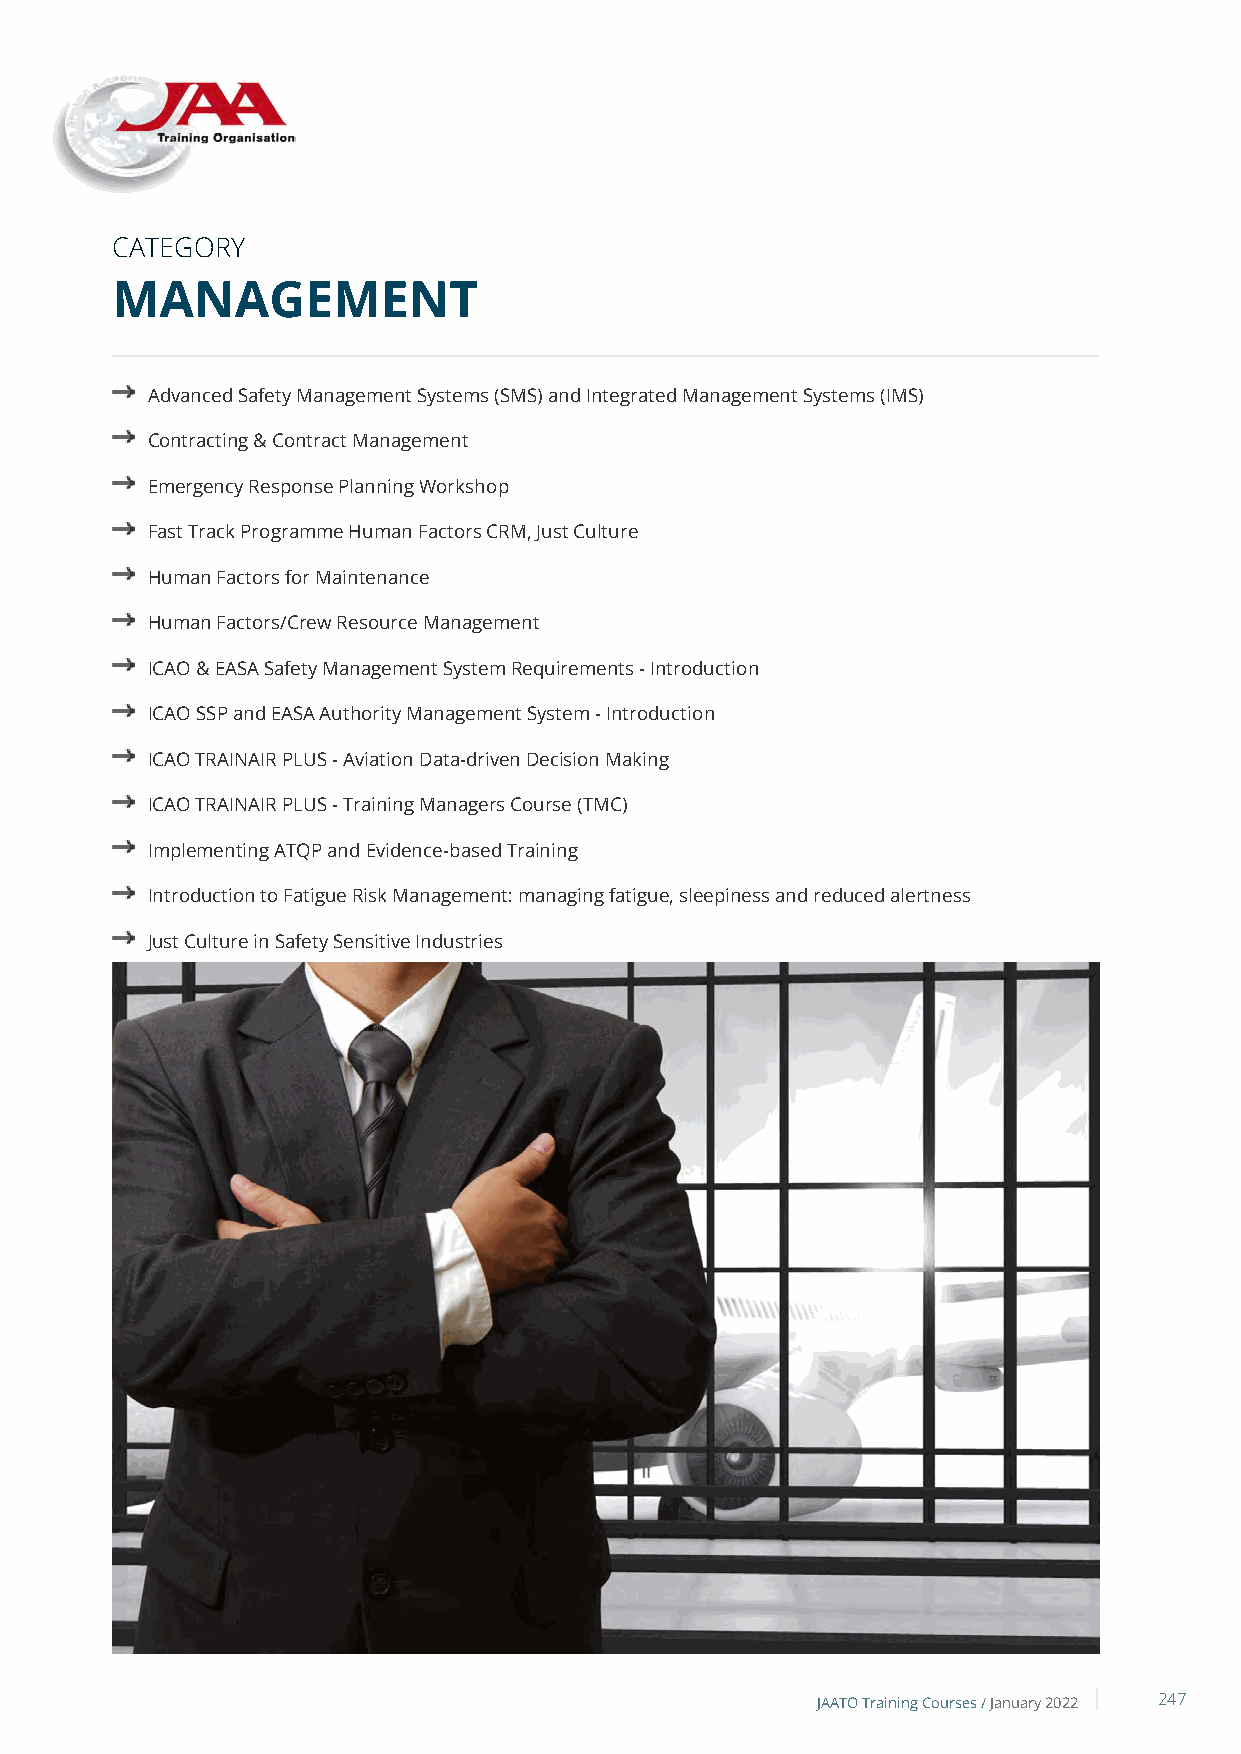
CATEGORY
 MANAGEMENT
 Advanced Safety Management Systems (SMS) and Integrated Management Systems (IMS)
 Contracting & Contract Management
 Emergency Response Planning Workshop
 Fast Track Programme Human Factors CRM, Just Culture
 Human Factors for Maintenance
 Human Factors/Crew Resource Management
 ICAO & EASA Safety Management System Requirements - Introduction
 ICAO SSP and EASA Authority Management System - Introduction
 ICAO TRAINAIR PLUS - Aviation Data-driven Decision Making
 ICAO TRAINAIR PLUS - Training Managers Course (TMC)
 Implementing ATQP and Evidence-based Training
 Introduction to Fatigue Risk Management: managing fatigue, sleepiness and reduced alertness
 Just Culture in Safety Sensitive Industries
 Occurrence Reporting in Aviation
 Quality Management - Principles & Practice in an Aviation Environment
 Risk Management and Management of Change Workshop
 JAATO Training Courses /January 2022 247